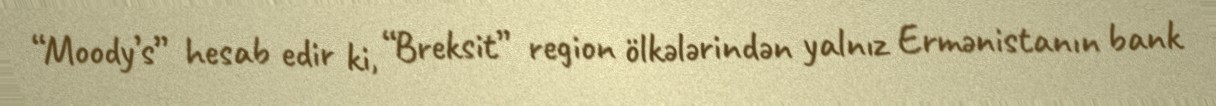
“Moody’s” hesab edir ki, “Breksit” region ölkələrindən yalnız Ermənistanın bank